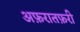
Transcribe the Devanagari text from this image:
अफ़रातफ़री